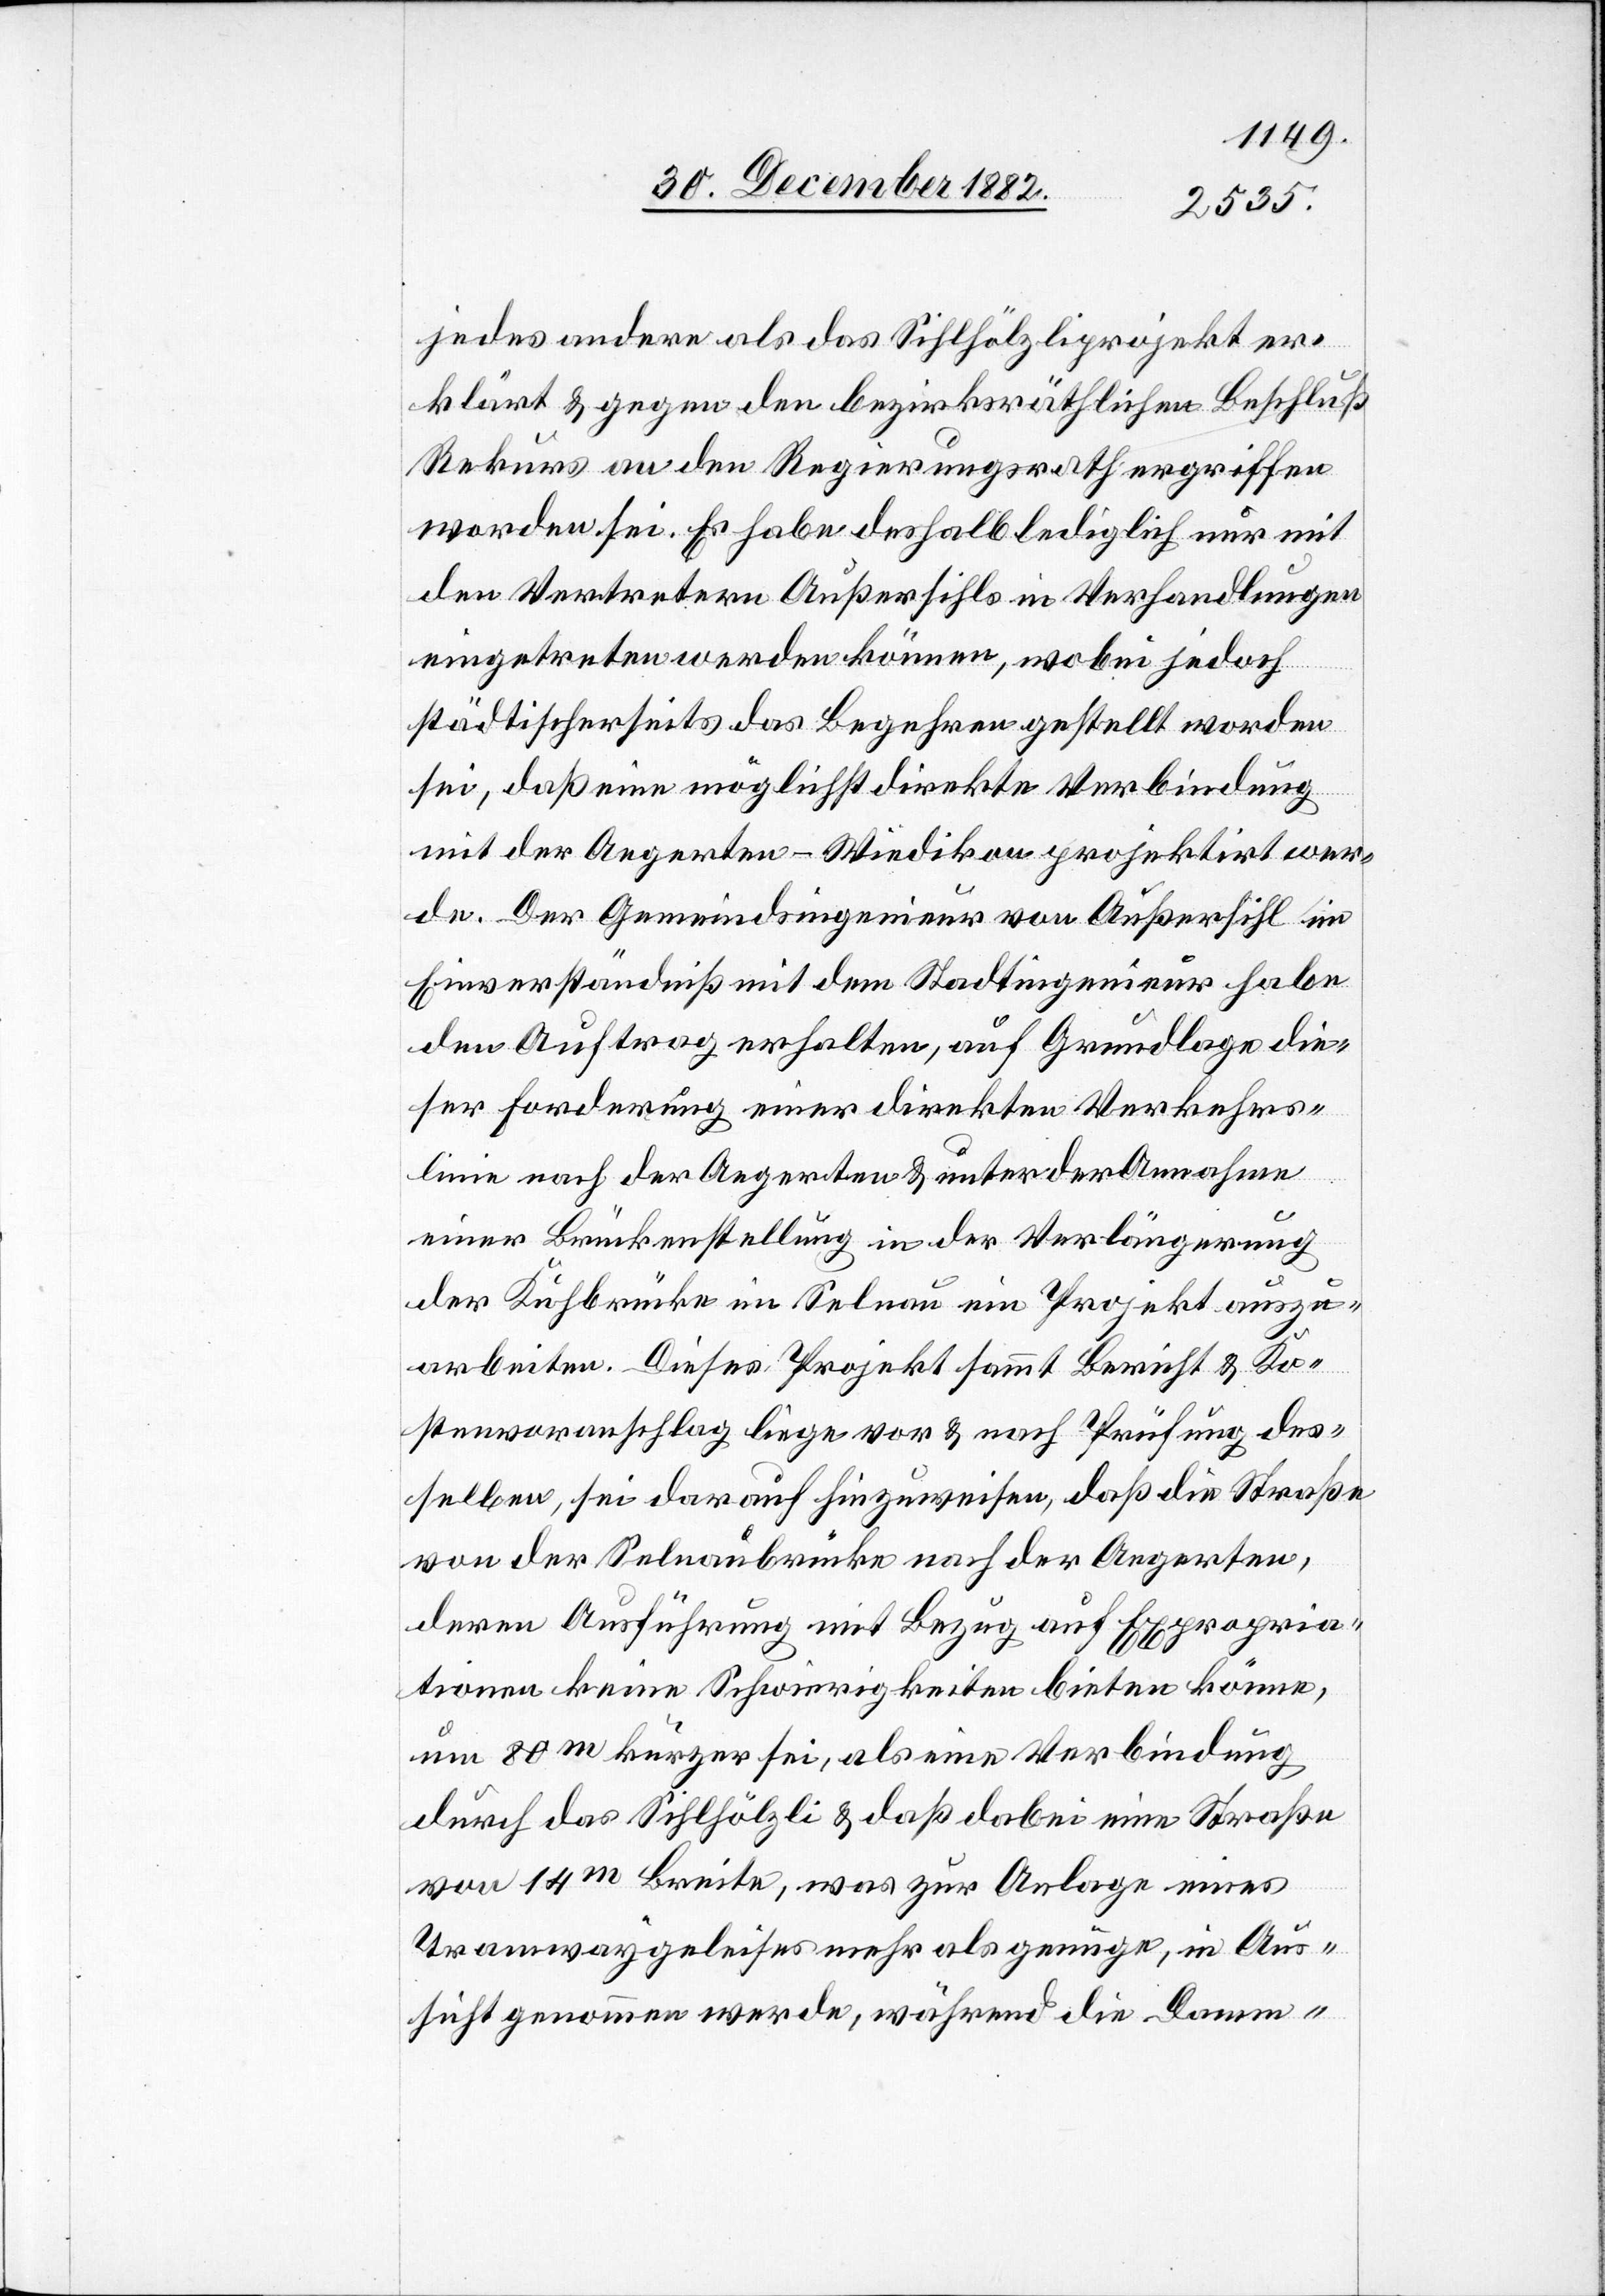
jedes andere als das Sihlhölzliprojekt er¬
klärt & gegen den bezirksräthlichen Beschluß
Rekurs an den Regierungsrath ergriffen
worden sei. Es habe deshalb lediglich nur mit
den Vertretern Außersihl in Verhandlungen
eingetreten werden können, wobei jedoch
städtischerseits das Begehren gestellt worden
sei, daß eine möglichst direkte Verbindung
mit der Aegerten - Wiedikon projektirt wer¬
de. Der Gemeindsingenieur von Außersihl im
Einverständniß mit dem Stadtingenieur habe
den Auftrag erhalten, auf Grundlage die¬
ser Forderung einer direkten Verkehrs¬
linie nach der Aegerten & unter der Annahme
einer Brückenstellung in der Verlängerung
der Kuhbrücke im Selnau ein Projekt auszu¬
arbeiten. Dieses Projekt sammt Bericht & Ko¬
stenvoranschlag liege vor & nach Prüfung des¬
selben, sei darauf hinzuweisen, daß die Straße
von der Selnaubrücke nach der Aegerten,
deren Ausführung mit Bezug auf Expropria¬
tionen keine Schwierigkeiten bieten könne,
um 80m kürzer sei, als eine Verbindung
durch das Sihlhölzli & daß dabei eine Straße
von 14m Breite, was zur Anlage eines
Tramwaygeleises mehr als genüge, in Aus¬
sicht genommen werde, während die Damm-